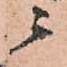
ニ